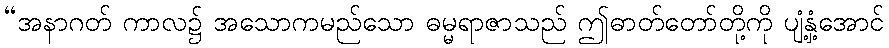
“အနာဂတ် ကာလ၌ အသောကမည်သော ဓမ္မရာဇာသည် ဤဓာတ်တော်တို့ကို ပျံ့နှံ့အောင်